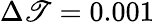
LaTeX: \Delta\mathscr{T}=0.001